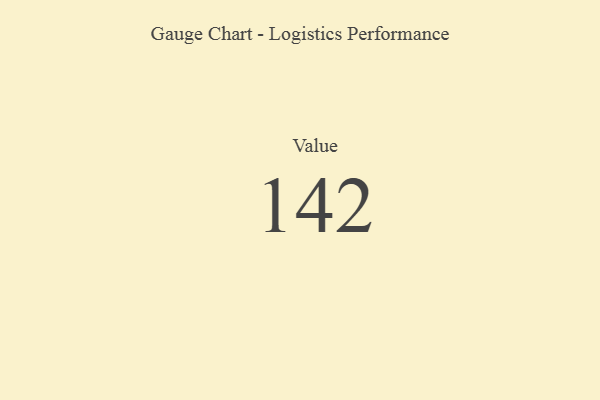
{"axis": {"x": "Metric", "y": "Value"}, "legend": [""], "data": [{"x": "Value", "y": 142, "type": ""}]}